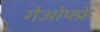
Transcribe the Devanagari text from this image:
गेओफ्फ्रे